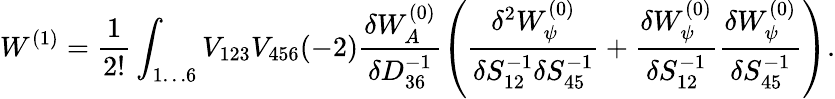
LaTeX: W^{(1)}=\frac{1}{2!}\int_{1\ldots 6}V_{123}V_{456}(-2)\frac{\delta W_{A}^{(0)}}{\delta D_{36}^{-1}}\left(\frac{\delta^{2}W_{\psi}^{(0)}}{\delta S_{12}^{-1}\delta S_{45}^{-1}}+\frac{\delta W_{\psi}^{(0)}}{\delta S_{12}^{-1}}\frac{\delta W_{\psi}^{(0)}}{\delta S_{45}^{-1}}\right).